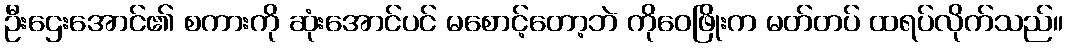
ဦးဌေးအောင်၏ စကားကို ဆုံးအောင်ပင် မစောင့်တော့ဘဲ ကိုဝေဖြိုးက မတ်တပ် ထရပ်လိုက်သည်။